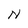
Character: N